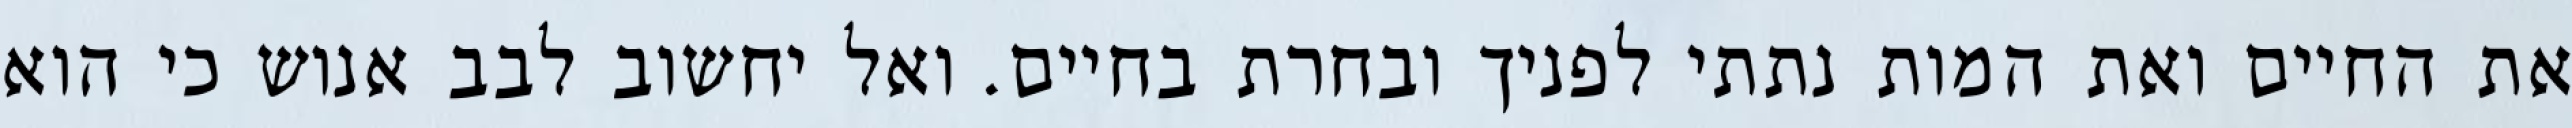
את החיים ואת המות נתתי לפניך ובחרת בחיים. ואל יחשוב לבב אנוש כי הוא